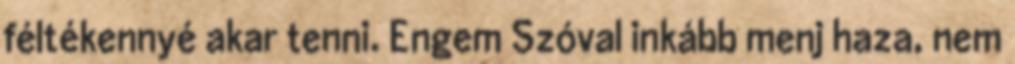
féltékennyé akar tenni. Engem Szóval inkább menj haza, nem